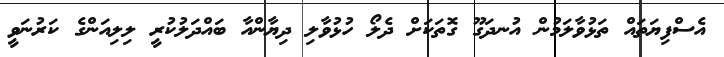
އެސްފިޔަތައް ތަޅުވާލަމުން އުނދަގޫ ގޮތަކަަށް ދެލޯ ހުޅުވާލި ދިޔާންއާ ބައްދަލުކުރީ ލިލިއަންގެ ކަރުނަވީ